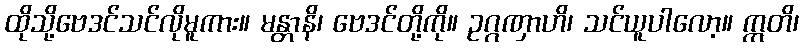
ထိုသို့ဗေဒင်သင်လိုမူကား။ မန္တာနိ၊ ဗေဒင်တို့ကို။ ဥဂ္ဂဏှာဟိ၊ သင်ယူပါလော့။ ဣတိ၊